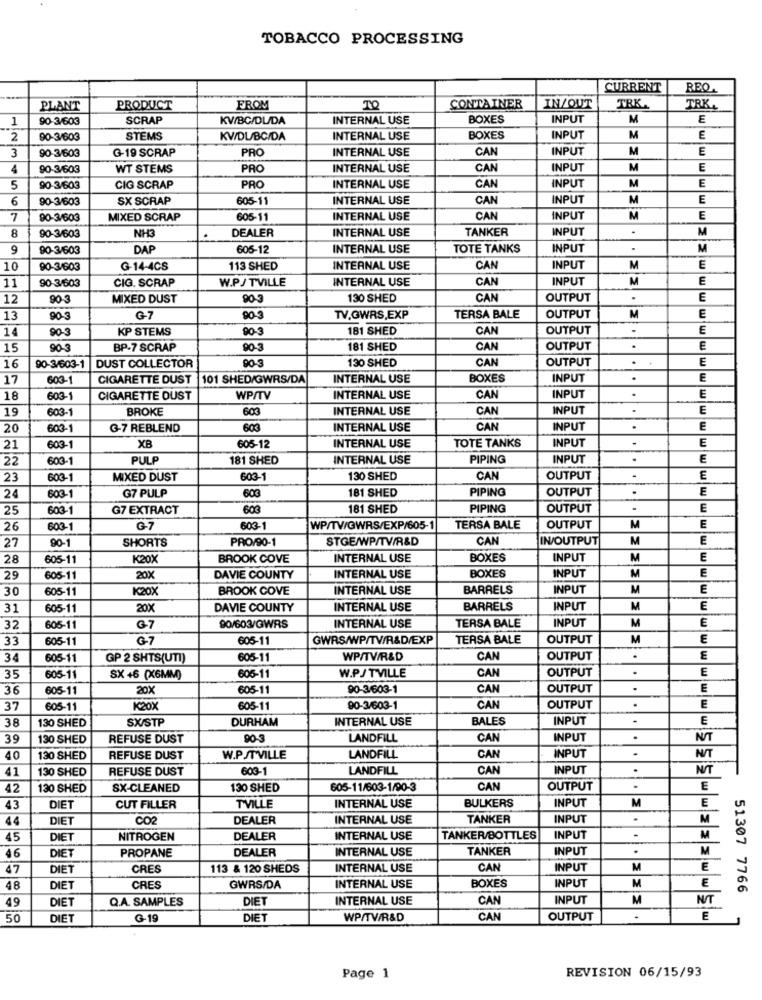
TOBACCO PROCESSING
CURRENT
REQ
PLANT
PRODUCT
FROM
CONTAINER
IN/OUT
TRK.
TRK.
1
90-3/603
SCRAP
KV/BC/DL/DA
INTERNAL USE
BOXES
INPUT
M
E
2
90-3/603
STEMS
KV/DL/BC/DA
INTERNAL USE
BOXES
INPUT
M
E
3
90-3/603
G-19 SCRAP
PRO
INTERNAL USE
CAN
INPUT
M
E
4
90-3/603
WT STEMS
PRO
INTERNAL USE
CAN
INPUT
M
E
5
90-3/603
CIG SCRAP
PRO
INTERNAL USE
CAN
INPUT
M
E
6
90-3/603
SX SCRAP
605-11
INTERNAL USE
CAN
INPUT
M
E
7
90-3/603
MIXED SCRAP
605-11
INTERNAL USE
CAN
INPUT
M
E
8
NH3
DEALER
INTERNAL USE
TANKER
INPUT
M
90-3/603
9
90-3/603
DAP
605-12
INTERNAL USE
TOTE TANKS
INPUT
.
M
10
90-3/603
G-14-4CS
113 SHED
INTERNAL USE
CAN
INPUT
M
E
11
90-3/603
CIG. SCRAP
W.P/ TVILLE
INTERNAL USE
CAN
INPUT
M
E
12
90-3
MIXED DUST
90-3
130 SHED
CAN
OUTPUT
.
E
M
13
90-3
G-7
90-3
TV,GWRS,EXP
TERSA BALE
OUTPUT
E
14
90-3
KP STEMS
90-3
181 SHED
CAN
OUTPUT
E
15
90-3
BP-7 SCRAP
90-3
181 SHED
CAN
OUTPUT
.
€
90-3
CAN
OUTPUT
.
E
16
90-3/603-1
DUST COLLECTOR
130 SHED
17
603-1
CIGARETTE DUST 101 SHED/GWRS/DA
INTERNAL USE
BOXES
INPUT
.
E
18
603-1
CIGARETTE DUST
WP/TV
INTERNAL USE
CAN
INPUT
.
E
19
603-1
BROKE
603
INTERNAL USE
CAN
INPUT
E
20
603-1
G-7 REBLEND
603
INTERNAL USE
CAN
INPUT
.
E
.
E
21
603-1
XB
605-12
INTERNAL USE
TOTE TANKS
INPUT
22
603-1
PULP
181 SHED
INTERNAL USE
PIPING
INPUT
.
E
23
603-1
MIXED DUST
603-1
130 SHED
CAN
OUTPUT
.
E
G7 PULP
603
181 SHED
PIPING
OUTPUT
.
E
24
603-1
25
603-1
G7 EXTRACT
603
181 SHED
PIPING
OUTPUT
.
E
M
26
603-1
G7
603-1
WP/TV/GWRS/EXP/605-1
TERSA BALE
OUTPUT
E
27
90-1
PRO/90-1
STGE/WP/TV/R&D
CAN
IN/OUTPUT
M
E
SHORTS
28
605-11
K20X
BROOK COVE
INTERNAL USE
BOXES
INPUT
M
E
M
29
605-11
20X
DAVIE COUNTY
INTERNAL USE
BOXES
INPUT
E
30
605-11
K20X
BROOK COVE
INTERNAL USE
BARRELS
INPUT
M
E
31
605-11
20X
DAVIE COUNTY
INTERNAL USE
BARRELS
INPUT
M
E
INTERNAL USE
M
32
605-11
G-7
90/603/GWRS
TERSA BALE
INPUT
E
33
605-11
G-7
605-11
GWRS/WP/TV/R&D/EXP
TERSA BALE
OUTPUT
M
E
34
605-11
GP 2 SHTS(UTI)
605-11
WP/TV/R&D
CAN
OUTPUT
.
W.P/ TVILLE
CAN
OUTPUT
E
35
605-11
SX +6 (X6MM)
605-11
36
605-11
20X
605-11
90-3/603-1
CAN
OUTPUT
.
E
.
37
605-11
K20X
605-11
90-3/603-1
CAN
OUTPUT
E
38
130 SHED
SX/STP
DURHAM
INTERNAL USE
BALES
INPUT
-
E
39
30 SHED
REFUSE DUST
90-3
LANDFILL
CAN
INPUT
.
N/T
.
40
130 SHED
REFUSE DUST
W.P./TVILLE
LANDFILL
CAN
INPUT
N/T
41
30 SHED
REFUSE DUST
603-
LANDFILL
CAN
INPUT
.
42
130 SHED
SX-CLEANED
130 SHED
605-11/603-1/90-3
CAN
OUTPUT
.
E
TVILLE
BULKERS
INPUT
M
43
DIET
CUT FILLER
INTERNAL USE
E
44
DIET
CO2
DEALER
INTERNAL USE
TANKER
INPUT
M
45
DIET
NITROGEN
DEALER
INTERNAL USE
TANKER/BOTTLES
INPUT
.
M
DIE
DEALER
INTERNAL USE
TANKER
INPUT
.
M
46
PROPANE
47
DIET
CRES
113 & 120 SHEDS
INTERNAL USE
CAN
INPUT
M
E
INTERNAL USE
BOXES
INPUT
M
E
48
DIET
CRES
GWRS/DA
51307 7766
49
DIET
Q.A. SAMPLES
DIET
INTERNAL USE
CAN
INPUT
M
N/T
50
DIET
G-19
DIET
WP/TV/R&D
CAN
OUTPUT
.
E
Page 1
REVISION 06/15/93